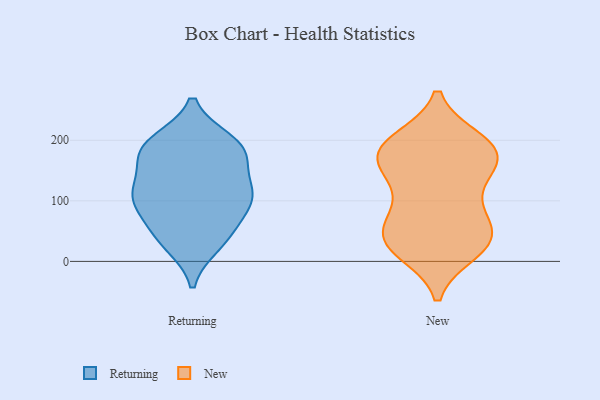
{"axis": {"x": "Humidity (%)", "y": "Value"}, "legend": ["New", "Returning"], "data": [{"x": "", "y": 198, "type": "Returning"}, {"x": "", "y": 174, "type": "Returning"}, {"x": "", "y": 104, "type": "Returning"}, {"x": "", "y": 94, "type": "Returning"}, {"x": "", "y": 115, "type": "Returning"}, {"x": "", "y": 65, "type": "Returning"}, {"x": "", "y": 169, "type": "Returning"}, {"x": "", "y": 109, "type": "Returning"}, {"x": "", "y": 49, "type": "Returning"}, {"x": "", "y": 189, "type": "Returning"}, {"x": "", "y": 119, "type": "Returning"}, {"x": "", "y": 114, "type": "Returning"}, {"x": "", "y": 197, "type": "Returning"}, {"x": "", "y": 28, "type": "Returning"}, {"x": "", "y": 32, "type": "Returning"}, {"x": "", "y": 180, "type": "Returning"}, {"x": "", "y": 53, "type": "New"}, {"x": "", "y": 161, "type": "New"}, {"x": "", "y": 16, "type": "New"}, {"x": "", "y": 200, "type": "New"}, {"x": "", "y": 135, "type": "New"}, {"x": "", "y": 47, "type": "New"}, {"x": "", "y": 165, "type": "New"}, {"x": "", "y": 183, "type": "New"}, {"x": "", "y": 97, "type": "New"}, {"x": "", "y": 91, "type": "New"}, {"x": "", "y": 36, "type": "New"}, {"x": "", "y": 196, "type": "New"}, {"x": "", "y": 28, "type": "New"}, {"x": "", "y": 162, "type": "New"}, {"x": "", "y": 18, "type": "New"}, {"x": "", "y": 194, "type": "New"}, {"x": "", "y": 67, "type": "New"}, {"x": "", "y": 33, "type": "New"}, {"x": "", "y": 157, "type": "New"}, {"x": "", "y": 192, "type": "New"}]}